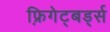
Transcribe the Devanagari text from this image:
फ़्रिगेट्बर्ड्स